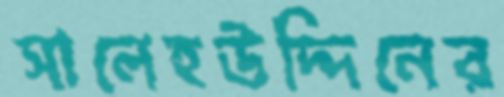
সালেহউদ্দিনের